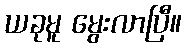
ယခုမူ မွေးလာပြီ။